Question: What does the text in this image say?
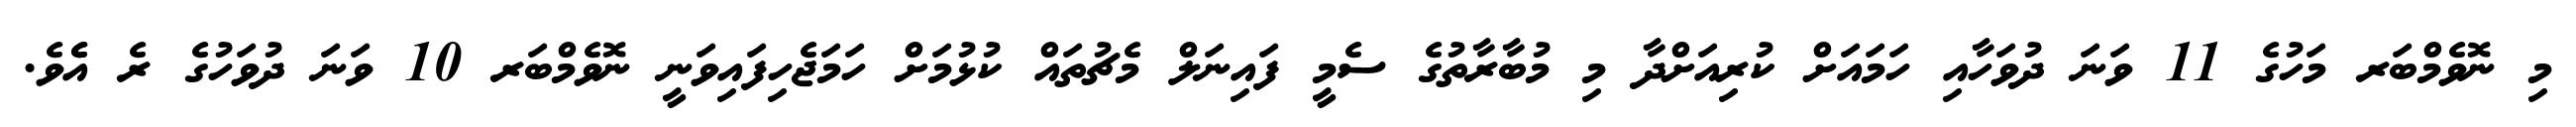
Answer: މި ނޮވެމްބަރ މަހުގެ 11 ވަނަ ދުވަހާއި ހަމައަށް ކުރިއަށްދާ މި މުބާރާތުގެ ސެމީ ފައިނަލް މެޗުތައް ކުޅުމަށް ހަމަޖެހިފައިވަނީ ނޮވެމްބަރ 10 ވަނަ ދުވަހުގެ ރެ އެެވެ.